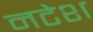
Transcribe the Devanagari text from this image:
नटेश